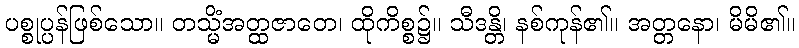
ပစ္စုပ္ပန်ဖြစ်သော။ တသ္မိံအတ္ထဇာတေ၊ ထိုကိစ္စ၌။ သီဒန္တိ၊ နစ်ကုန်၏။ အတ္တနော၊ မိမိ၏။